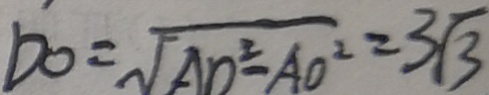
b O = \sqrt { A D ^ { 2 } - A O ^ { 2 } } = 3 \sqrt { 3 }